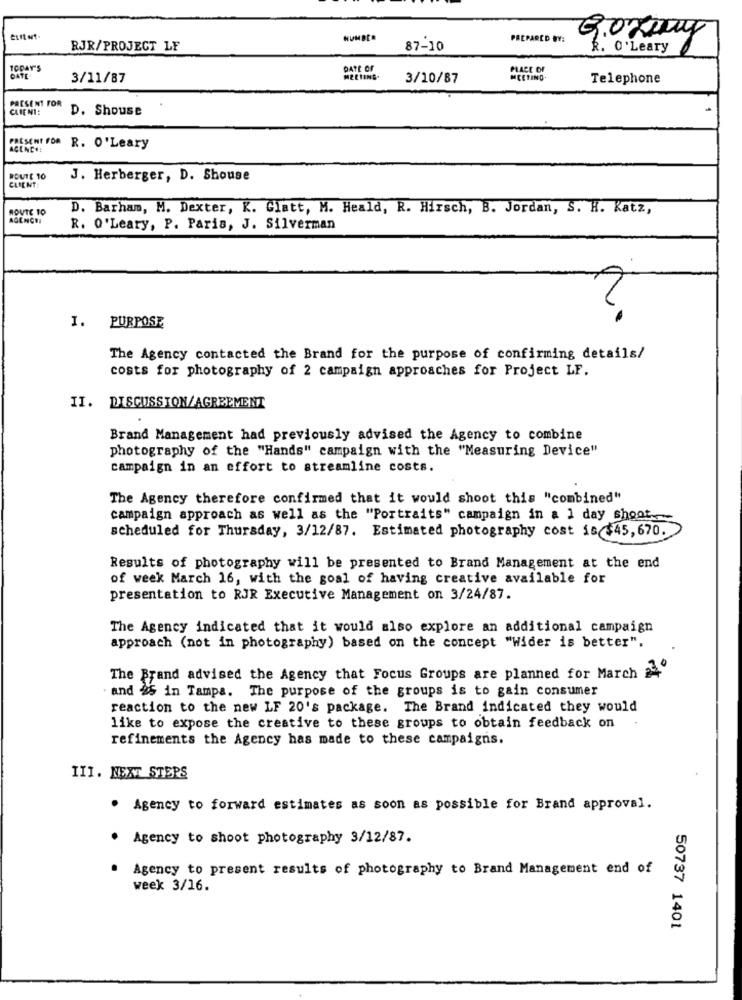
euft et-
NUMBER
PREPARED BY:
9.orsay
RJR/PROJECT LF
87-10
R. O'Leary
TODAY'S
DATE OF
PLACE OF
DATE
3/11/87
MEETING.
3/10/87
MEETING.
Telephone
PRESENT FOR
CLIENT:
D. Shouse
PRESENT FOR R. O'Leary
ROUTE 10
J. Herberger, D. Shouse
ROUTE TO
D. Barham, M. Dexter, K. Glatt, M. Heald, R. Hirsch, B. Jordan, S. H. Katz,
AGENCEI
R. O'Leary, P. Paris, J. Silverman
I. PURPOSE
The Agency contacted the Brand for the purpose of confirming details/
costs for photography of 2 campaign approaches for Project LF.
II. DISCUSSION/AGREEMENT
Brand Management had previously advised the Agency to combine
photography of the "Hands" campaign with the "Measuring Device"
campaign in an effort to streamline costs.
The Agency therefore confirmed that it would shoot this "combined"
campaign approach as well as the "Portraits" campaign in a 1 day shoot
scheduled for Thursday, 3/12/87. Estimated photography cost is $45,670.
Results of photography will be presented to Brand Management at the end
of week March 16, with the goal of having creative available for
presentation to RJR Executive Management on 3/24/87.
The Agency indicated that it would also explore an additional campaign
approach (not in photography) based on the concept "Wider is better".
The Brand advised the Agency that Focus Groups are planned for March 24
. and 25 in Tampa. The purpose of the groups is to gain consumer
reaction to the new LF 20's package. The Brand indicated they would
like to expose the creative to these groups to obtain feedback on
refinements the Agency has made to these campaigns.
III. NEXT STEPS
. Agency to forward estimates as soon as possible for Brand approval.
Agency to shoot photography 3/12/87.
. Agency to present results of photography to Brand Management end of
week 3/16.
50737 1401